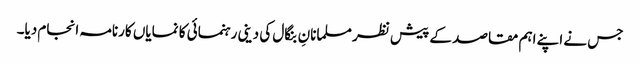
جس نے اپنے اہم مقاصد کے پیش نظر مسلمانانِ بنگال کی دینی رہنمائی کا نمایاں کارنامہ انجام دیا۔